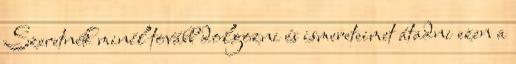
Szeretnék minél tovább dolgozni és ismereteimet átadni ezen a